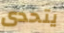
يتحدى